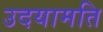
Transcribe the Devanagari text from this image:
उदयामति